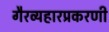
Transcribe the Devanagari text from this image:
गैरव्यहारप्रकरणी